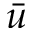
\bar { u }